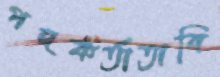
পদকর্তাতাবি